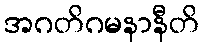
အဂတိဂမနာနီတိ